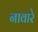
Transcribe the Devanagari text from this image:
नावारे